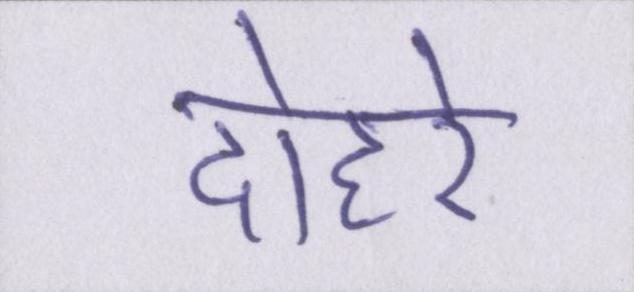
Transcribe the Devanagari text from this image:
दोहरे